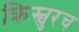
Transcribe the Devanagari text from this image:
क्रिस्चुरच